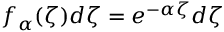
f _ { \alpha } ( \zeta ) d \zeta = e ^ { - \alpha \zeta } d \zeta